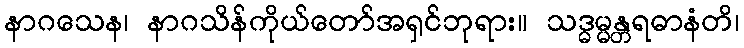
နာဂသေန၊ နာဂသိန်ကိုယ်တော်အရှင်ဘုရား။ သဒ္ဓမ္မန္တရဓာနံတိ၊